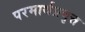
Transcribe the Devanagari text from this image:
परमार्थप्रवृत्त